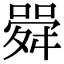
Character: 䑝